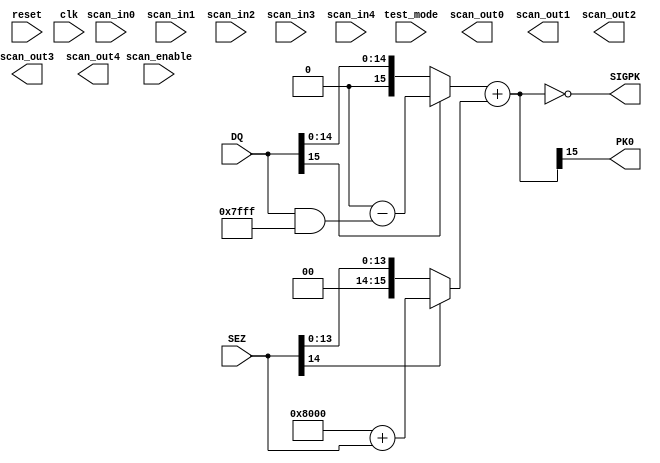
module ADDC (
           reset,
           clk,
           scan_in0,
           scan_in1,
           scan_in2,
           scan_in3,
           scan_in4,
           scan_enable,
           test_mode,
           scan_out0,
           scan_out1,
           scan_out2,
           scan_out3,
           scan_out4,
           DQ,
           SEZ,
           PK0,
           SIGPK           
       );

input
    reset,                      // system reset
    clk;                        // system clock

input
    scan_in0,                   // test scan mode data input
    scan_in1,                   // test scan mode data input
    scan_in2,                   // test scan mode data input
    scan_in3,                   // test scan mode data input
    scan_in4,                   // test scan mode data input
    scan_enable,                // test scan mode enable
    test_mode;                  // test mode 

output
    scan_out0,                  // test scan mode data output
    scan_out1,                  // test scan mode data output
    scan_out2,                  // test scan mode data output
    scan_out3,                  // test scan mode data output
    scan_out4;                  // test scan mode data output

input [15:0]
	DQ;

input [14:0]
	SEZ;
        
output wire
	PK0,
	SIGPK;

wire
	DQS,
	SEZS;

wire [15:0] 
	DQI,
	DQSEZ,
	SEZI;
	
assign	DQS	=	DQ[15];							// Read the sign of DQ and update to DQS

assign	DQI	=	(DQS == 0)?	DQ	:	(65536 - (DQ & 32767));	// Conversion of Sign Magnitude Number to 2's complement

assign	SEZS	=	SEZ[14];						// Read the sign of SEZ and update to SEZS
	
assign	SEZI	=	(SEZS == 0)?	SEZ	:	((32768) + SEZ);	// Conversion of 15 bit 2's complement to 16 bit representation
	
assign	DQSEZ	=	(DQI + SEZI);						// 2's complement addition of DQ and SEZ
	
assign	PK0	=	DQSEZ[15]; 						// Read the sign of DQSEZ and update to PK0
	
assign	SIGPK	=	(DQSEZ == 0);						// Zero value status of DQSEZ is indicated in SIGPK

endmodule